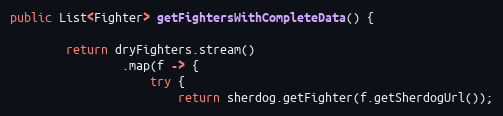
Language: Java
public List<Fighter> getFightersWithCompleteData() {

        return dryFighters.stream()
                .map(f -> {
                    try {
                        return sherdog.getFighter(f.getSherdogUrl());